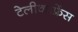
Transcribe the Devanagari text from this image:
टेलीकांफ्रेंस